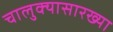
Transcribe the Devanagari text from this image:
चालुक्यासारख्या